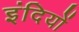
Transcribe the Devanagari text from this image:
इंदियों